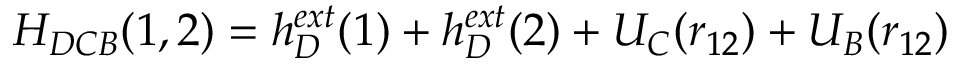
H _ { D C B } ( 1 , 2 ) = h _ { D } ^ { e x t } ( 1 ) + h _ { D } ^ { e x t } ( 2 ) + U _ { C } ( r _ { 1 2 } ) + U _ { B } ( r _ { 1 2 } )